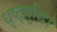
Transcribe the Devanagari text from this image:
धृष्ट्बुद्धि।